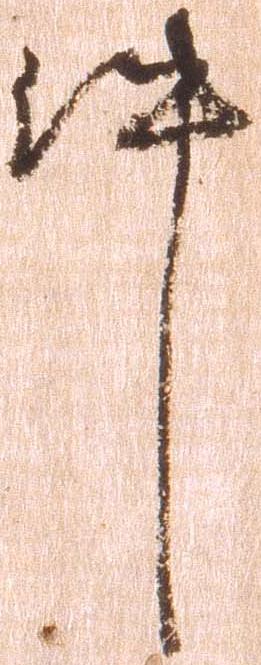
件